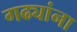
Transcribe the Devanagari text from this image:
गढ्यांना